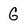
Character: G